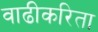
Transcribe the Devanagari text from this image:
वाढीकरिता